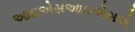
આઇએસઆઇએસએ